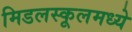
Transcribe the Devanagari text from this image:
मिडलस्कूलमध्ये